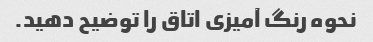
نحوه رنگ آمیزی اتاق را توضیح دهید.